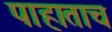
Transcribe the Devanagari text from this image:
पाहाताच